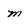
Character: m